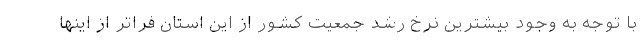
با توجه به وجود بیشترین نرخ رشد جمعیت کشور از این استان فراتر از اینها